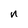
Character: n